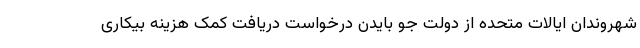
شهروندان ایالات متحده از دولت جو بایدن درخواست دریافت کمک هزینه بیکاری